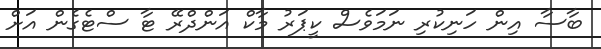
ބާސާ އިން ހަނިކުރި ނަމަވެސް ކީޕަރު މާކް އަންދްރޭ ޓާ ސްޓެގެން އަށް